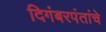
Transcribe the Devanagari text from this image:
दिगंबरपंतांचे